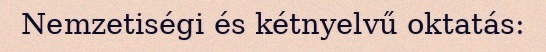
Nemzetiségi és kétnyelvű oktatás: